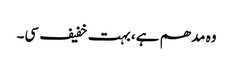
وہ مدھم ہے، بہت خفیف سی۔